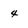
Character: 4